Report of the Indian Hemp Drugs Commission, 1894-1895 - Volume II
Year: 1894
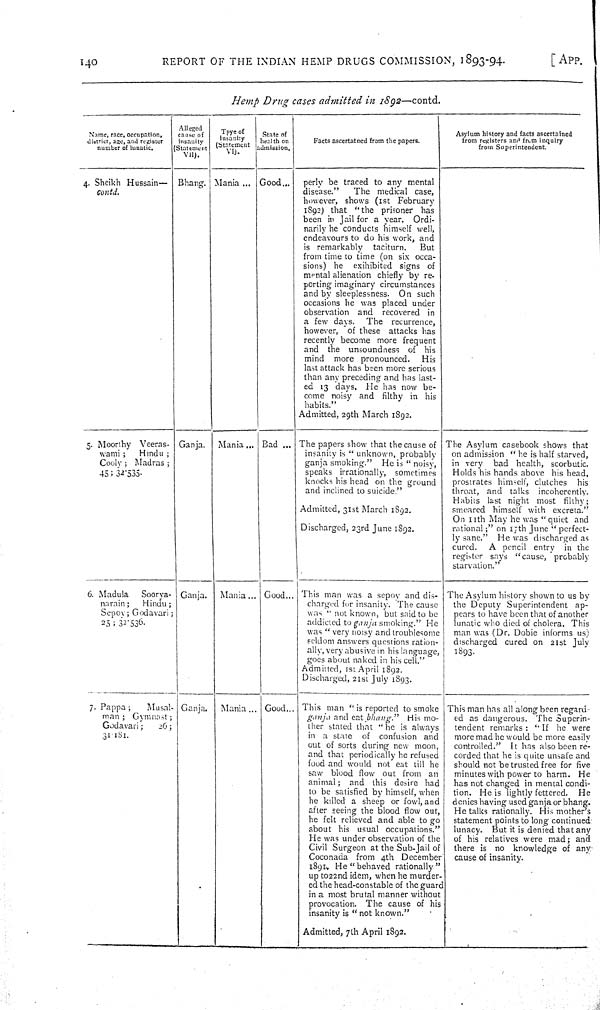
140
REPORT OF THE INDIAN HEMP DRUGS COMMISSION, 1893-94.
[APP.
Hemp
Drug
cases admitted
in
1892—contd.
Name, race, occupation,
district, age, and register
number of lunatic.
Alleged
cause of
Insanity
(Statement
VII).
Tpye of
Insanity
(Statement
VI).
State of
health on
admission.
Facts ascertained from the papers.
Asylum history and facts ascertained
from registers and from inquiry
from Superintendent.
4. Sheikh Hussain—
Contd.
Bhang. Mania
Good
perly be traced to any mental
disease."
The medical case,
however, shows (1st
February
1892) that "the prisoner
has
been in Jail for a year.
Ordi-
narily he conducts himself well,
endeavours to do his work, and
is remarkably
taciturn.
But
from time to time (on six occa-
sions) he
exihibited signs of
mental alienation chiefly by re-
porting imaginary circumstances
and by sleeplessness.
On such
occasions he was placed under
observation and
recovered in
a few days.
The
recurrence,
however,
of these attacks has
recently become more frequent
and
the unsoundness
of
his
mind
more pronounced.
His
last attack has been more serious
than any preceding and has last-
ed 13 days.
He has now
be-
come noisy and
filthy
in his
habits."
Admitted, 29th March 1892.
5. Moorthy
Veeras-
wami;
Hindu;
Cooly;
Madras;
45; 32.535.
Ganja.
Mania
Bad
The papers show that the cause of
insanity is "unknown, probably
ganja smoking."
He is "noisy,
speaks irrationally,
sometimes
knocks his head on the ground
and inclined to suicide."
Admitted, 31st March 1892.
Discharged, 23rd June 1892.
The Asylum casebook shows that
on admission "he is half starved,
in very
bad health, scorbutic.
Holds his hands above his head,
prostrates himself, clutches
his
throat, and talks
incoherently.
Habits last night most
filthy;
smeared himself with excreta."
On 11th May he was "quiet and
rational;" on 17th June "perfect-
ly sane."
He was discharged as
cured.
A pencil entry
in the
register says "cause,
probably
starvation."
6. Madula
Soorya-
narain;
Hindu;
Sepoy; Godavari;
25; 32.536.
Ganja.
Mania
Good
This man was a sepoy and dis-
charged for insanity. The cause
was "not known, but said to be
addicted to ganja smoking." He
was "very noisy and troublesome
seldom answers questions ration-
ally, very abusive in his language,
goes about naked in his cell."
Admitted, 1st April 1892.
Discharged, 21st July 1893.
The Asylum history shown to us by
the Deputy Superintendent
ap-
pears to have been that of another
lunatic who died of cholera. This
man was (Dr. Dobie informs us)
discharged cured on 21st July
1893.
7. Pappa;
Musal-
man;
Gymnast;
Godavari;
26;
31.181.
Ganja.
Mania
Good
This man "is reported to smoke
ganja
and eat bhang."
His mo-
ther stated that "he is always
in a state
of
confusion and
out of sorts during new moon,
and that periodically he refused
food and would not eat till he
saw blood flow out from
an
animal;
and this desire had
to be satisfied by himself, when
he killed a sheep or fowl, and
after seeing the blood flow out,
he felt relieved and able to go
about his usual occupations."
He was under observation of the
Civil Surgeon at the Sub-Jail of
Coconada from 4th
December
1891. He "behaved rationally"
up to 22nd idem, when he murder-
ed the head-constable of the guard
in a most brutal manner without
provocation. The cause of his
insanity is "not known."
Admitted, 7th April 1892.
This man has all along been regard-
ed as dangerous.
The Superin-
tendent remarks: "If
he were
more mad he would be more easily
controlled."
It has also been re-
corded that he is quite unsafe and
should not be trusted free for five
minutes with power to harm.
He
has not changed in mental condi-
tion. He is lightly fettered.
He
denies having used ganja or bhang.
He talks rationally. His mother's
statement points to long continued
lunacy.
But it is denied that any
of his relatives were mad; and
there is no knowledge of any
cause of insanity.